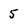
Character: 5